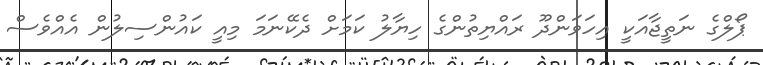
ޕޯލްގެ ނަތީޖާއަކީ އިހަވަންދޫ ރައްޔިތުންގެ ހިޔާލު ކަމަށް ދެކޭނަމަ މިއީ ކައުންސިލުން އެއްވެސް